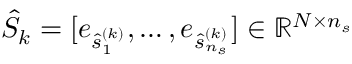
\hat { S } _ { k } = [ e _ { \hat { s } _ { 1 } ^ { ( k ) } } , \dots , e _ { \hat { s } _ { n _ { s } } ^ { ( k ) } } ] \in \mathbb { R } ^ { N \times n _ { s } }